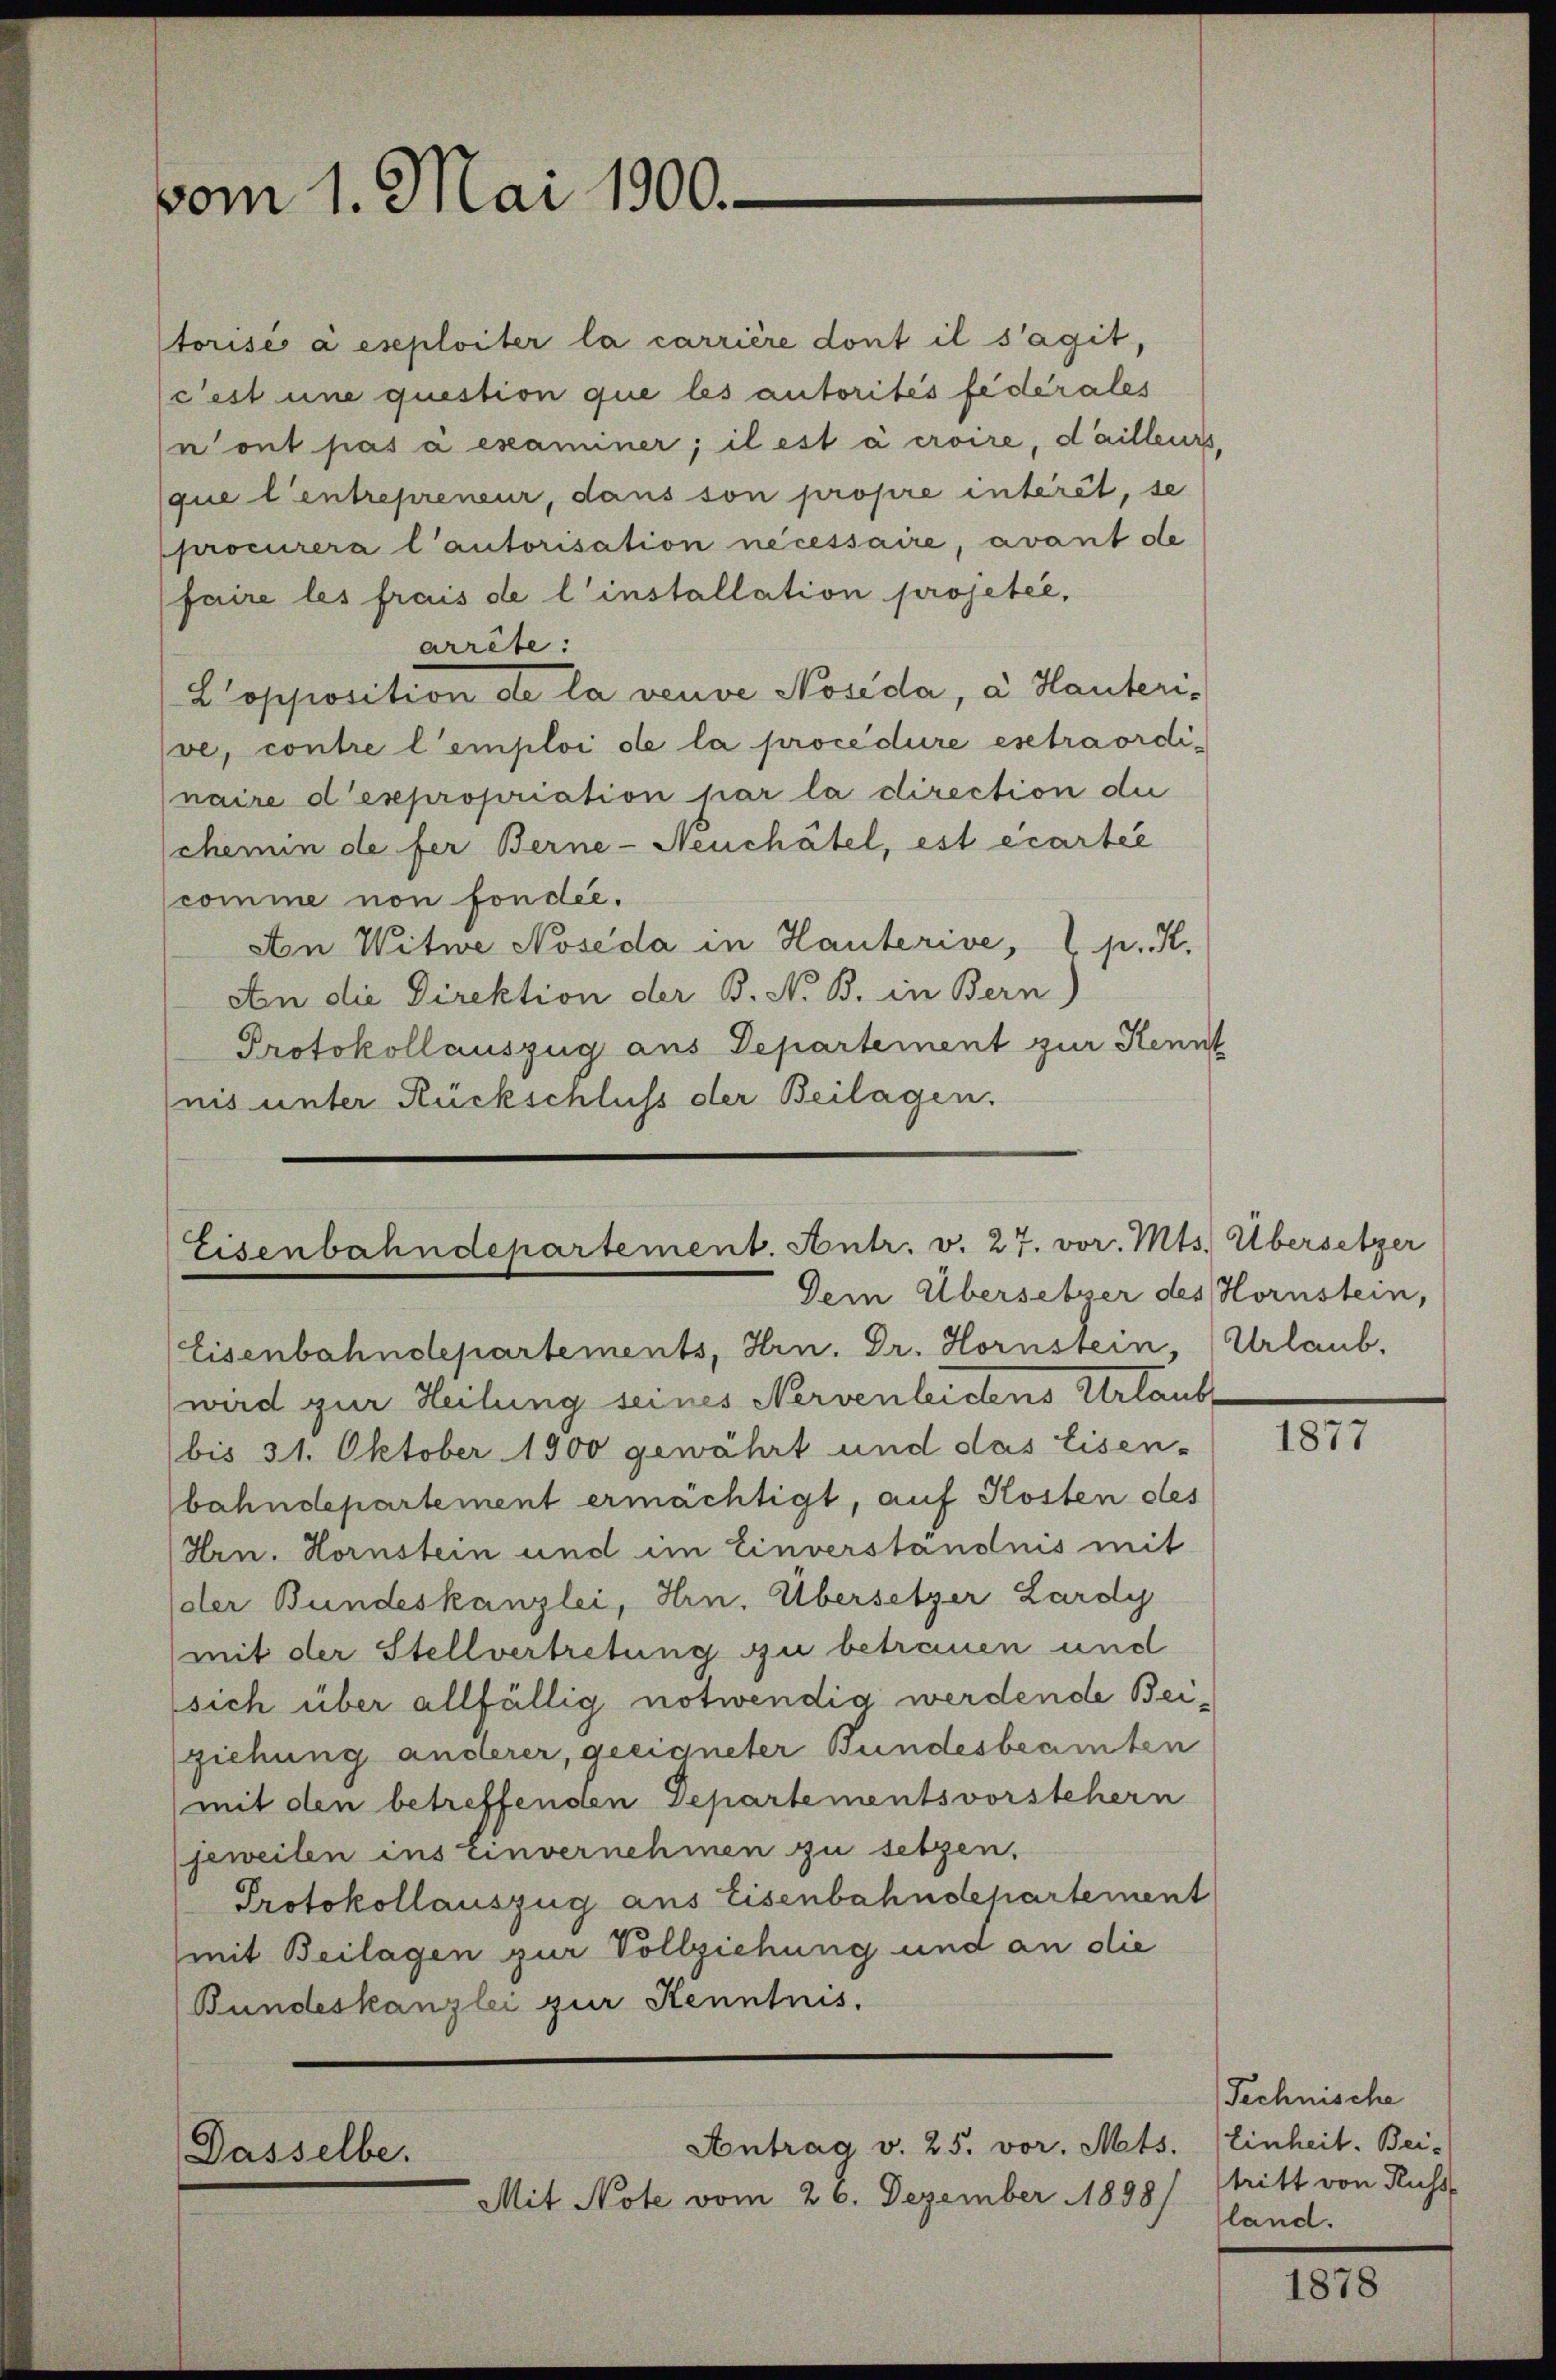
vom 1. Mai 1900.

torisé à exploiter la carrière dont il s’agit,
c’est une question que les autorités fédérales
n ont pas à examiner; il est à croire, dailleurs,
que l’entrepreneur, dans son propre intérêt, se
procurera l’autorisation nécessaire, avant de
faire les frais de l’installation projetée,
arrête:
L’opposition de la veuve Nosida, a Hauterive, contre l’emploi de la procedure estraordinaire d’expropriation par la direction die
schemin de fer Berne-Neuchâtel, est écartel
scomme non fonder.
An Witwe Noseda in Hauterive, 2 p. K.
An die Direktion der B. N. B. in Bern)
Protokollauszug aus Departement zur Kennt
nis unter Rückschluss der Beilagen.

Eisenbahndepartement. Antr. v. 27. vor. Mts. Übersetzer
Dem Übersetzer des Hornstein,

Eisenbahndepartements, Hrn. Dr. Hornstein, Urlaub.
wird zur Heilung seines Nervenleidens Urlaub
bis 31. Oktober 1900 gewährt und das Eisen-
bahndepartement ermächtigt, auf Kosten des
Hrn. Hornstein und im Einverständnis mit
(der Bundeskanzlei, Hrn. Übersetzer Zardy
mit der Stellvertretung zu betrauen und
sich über allfällig notwendig werdende Beiziehung anderer, geeigneter Bundesbeamten
(mit den betreffenden Departementsvorstehern
jeweilen ins Einvernehmen zu setzen,
Protokollauszug aus Eisenbahndepartement
mit Beilagen zur Vollziehung und an die
Bundeskanzlei zur Kenntnis.

Antrag v. 25. vor. Mts. Einheit. Bei-
Dasselbe.

Mit Note vom 26. Dezember 1898/

1877

Technische
tritt von Russ
land.

1878